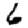
Digit: 6